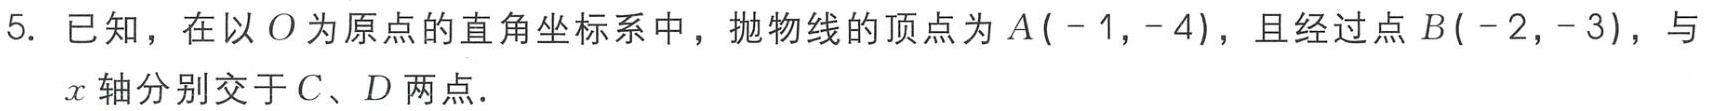
5. 已知，在以\(O\)为原点的直角坐标系中，抛物线的顶点为\(A(-1,-4)\)，且经过点\(B(-2,-3)\)，与\(x\)轴分别交于\(C\)、\(D\)两点.